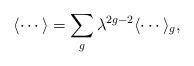
LaTeX: \begin{align*}\langle \cdots \rangle = \sum_{g} \lambda^{2g-2}\langle \cdots \rangle_{g},\end{align*}